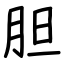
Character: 胆